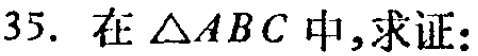
在$\triangle ABC$中,求证: